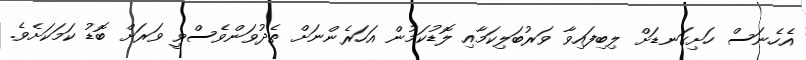
އެހެނަސް ހަށިގަނޑަށް ލިބިފައިވާ ވަރުބަލިކަމާއި ލޮޑުކަމުން އަހަރެންނަށް ތެދުވަންވެސްވީ ވަރަށް ބޮޑު ކަމަކަށެވެ.